Sanitation, dispensaries and jails vaccination Rajputana 1922-1927 - 1922-1927
Year: 1922
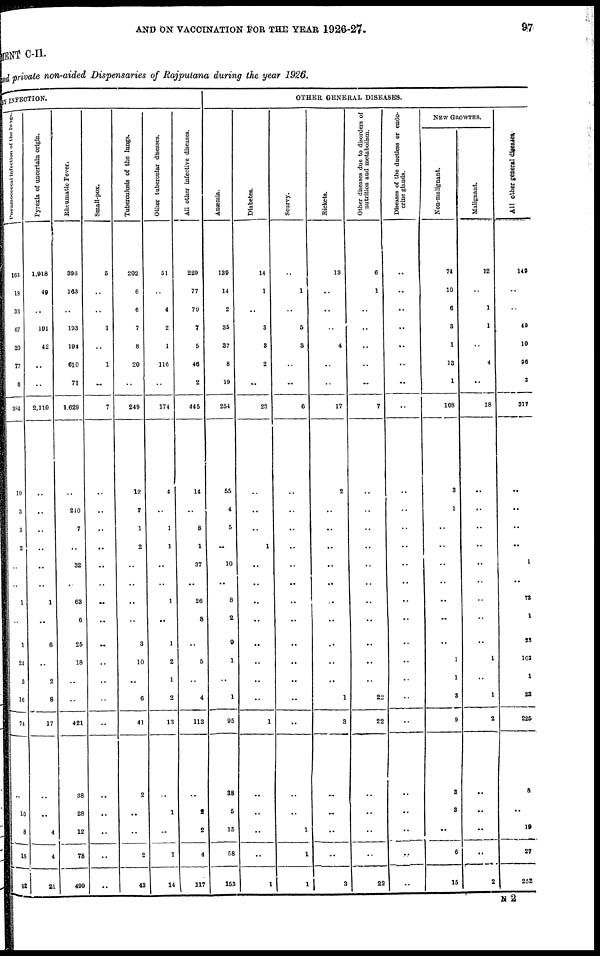
AND ON VACCINATION FOR THE YEAR 1926-27.
97
MENT C-II.
and private non-aided Dispensaries of Rajputana during the year 1926.
BY INFECTION.
Pneumococcal infection of the lungs.
163
18
33
67
20
77
6
384
19
5
3
2
..
..
1
..
1
24
3
16
74
..
10
8
18
92
Pyrexia of uncertain origin.
1,918
40
..
101
42
..
..
2,110
..
..
..
..
..
..
1
..
6
..
2
8
17
..
..
4
4
21
Rheumatic Fever.
398
163
..
193
194
610
71
1,629
..
240
7
..
32
..
63
6
25
18
..
..
421
38
28
12
78
499
Small-pox.
5
..
1
..
1
..
7
..
..
..
..
..
..
..
..
..
..
..
..
..
..
..
..
..
..
Tuberculosis of the lungs.
202
6
6
7
8
20
..
249
12
7
1
2
..
..
..
..
3
10
..
6
41
2
..
..
2
43
Other tubercular diseases.
51
..
4
2
1
116
..
174
4
..
1
1
..
..
1
..
1
2
1
2
13
..
1
..
1
..
All other infective diseases.
229
77
79
7
5
46
2
445
14
..
8
1
37
..
26
8
..
5
..
4
113
..
2
2
4
117
OTHER GENERAL DISEASES.
Anæmia.
139
14
2
35
37
8
19
254
55
4
5
..
10
..
8
2
9
1
..
1
95
38
5
15
58
153
Diabetes.
14
1
..
3
8
2
..
23
..
..
..
1
..
..
..
..
..
..
..
..
1
..
..
..
..
1
Scurvy.
..
1
..
5
3
..
..
6
..
..
..
..
..
..
..
..
..
..
..
..
..
..
..
1
1
1
Riekets.
13
..
..
..
4
..
..
17
2
..
..
..
..
..
..
..
..
..
..
1
3
..
..
..
..
3
Other diseases due to disorders of
nutrition and metabolism.
6
1
..
..
..
..
..
7
..
..
..
..
..
..
..
..
..
..
..
22
22
..
..
..
..
22
Diseases of the ductless or endo-
crine glands.
..
..
..
..
..
..
..
..
..
..
..
..
..
..
..
..
..
..
..
..
..
..
..
..
..
..
NEW GROWTHS.
Non-malignant.
74
10
6
3
1
13
1
108
3
1
..
..
..
..
..
..
..
1
1
3
9
8
8
..
6
15
Malignant.
12
..
1
1
..
4
..
18
..
..
..
..
..
..
..
..
..
1
..
1
2
..
..
..
..
2
All other general diseases.
140
..
..
49
10
96
3
317
..
..
..
..
1
..
73
1
23
103
1
23
225
8
..
19
27
252
N 2